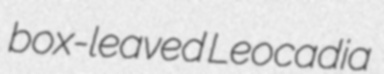
box-leaved Leocadia